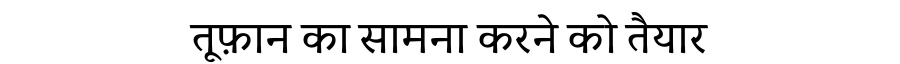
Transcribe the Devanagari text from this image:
तूफ़ान का सामना करने को तैयार